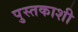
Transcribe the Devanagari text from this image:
पुस्तकाशी